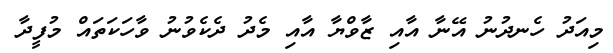
މިއަދު ހެނދުނު އޭނާ އާއި ޒާވްޔާ އާއި މެދު ދެކެވުނު ވާހަކަތައް މުފީދާ